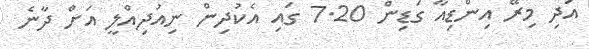
އަދި މިރޭ އިންޑިއާ ގަޑިން 7.20 ގައި އެކުދިން ނިއުދިއްލީ އަށް ދާނެ